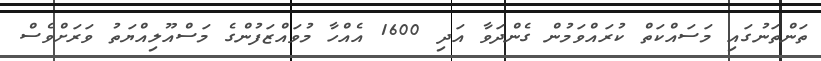
ތަންތަނުގައި މަސައްކަތް ކުރައްވަމުން ގެންދަވާ އަދި 1600 އެއްހާ މުވައްޒަފުންގެ މަސްއޫލިއްޔަތު ވަރަށްވެސް